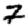
Digit: 7